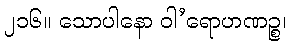
၂၁၆။ သောပါနော ဝါ’ရောဟဏဉ္စ၊